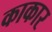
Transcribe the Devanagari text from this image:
काकार